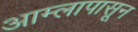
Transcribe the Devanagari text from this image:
आम्लापासून